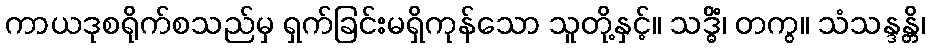
ကာယဒုစရိုက်စသည်မှ ရှက်ခြင်းမရှိကုန်သော သူတို့နှင့်။ သဒ္ဓိံ၊ တကွ။ သံသန္ဒန္တိ၊